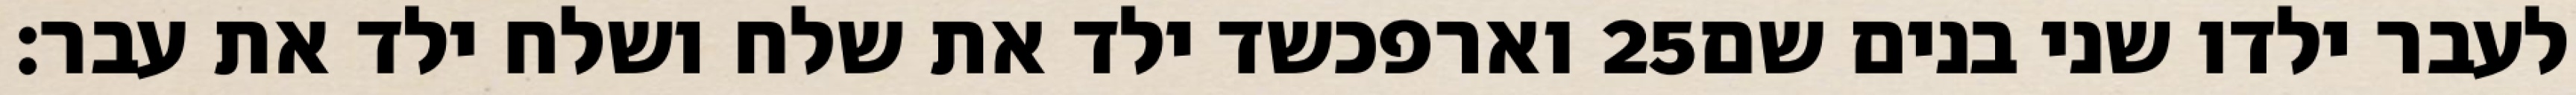
וארפכשד ילד את שלח ושלח ילד את עבר׃ ‎25‏ לעבר ילדו שני בנים שם